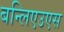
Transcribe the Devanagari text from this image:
बन्लिएउएस